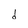
Character: d